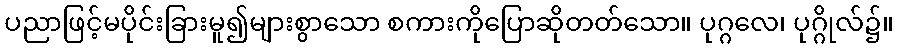
ပညာဖြင့်မပိုင်းခြားမူ၍များစွာသော စကားကိုပြောဆိုတတ်သော။ ပုဂ္ဂလေ၊ ပုဂ္ဂိုလ်၌။